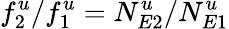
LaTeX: f_{2}^{u}/f_{1}^{u}=N_{E2}^{u}/N_{E1}^{u}